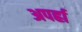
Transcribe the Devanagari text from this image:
अपर्ह्रा